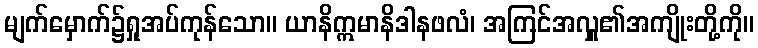
မျက်မှောက်၌ရှုအပ်ကုန်သော။ ယာနိဣမာနိဒါနဖလံ၊ အကြင်အလှူ၏အကျိုးတို့ကို။